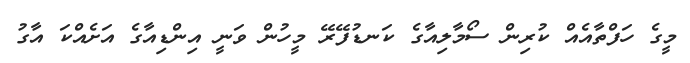
މީގެ ހަފްތާއެއް ކުރިން ސޯމާލިއާގެ ކަނޑުފޭރޭ މީހުން ވަނީ އިންޑިއާގެ އަށެއްކަ އާގު